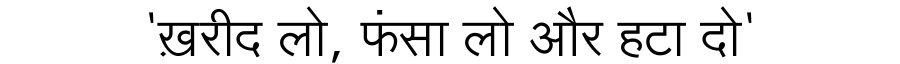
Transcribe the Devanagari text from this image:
'ख़रीद लो, फंसा लो और हटा दो'